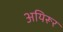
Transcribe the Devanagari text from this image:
अयिरूर